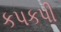
કપકપી